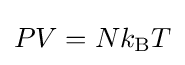
PV=Nk_{\rm {B}}T